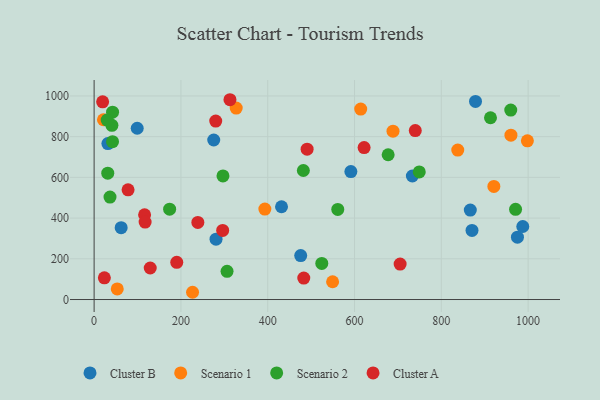
{"axis": {"x": "Engine Size", "y": "Demand"}, "legend": ["Cluster A", "Cluster B", "Scenario 1", "Scenario 2"], "data": [{"x": "733.3", "y": 606.8, "type": "Cluster B"}, {"x": "275.6", "y": 783.6, "type": "Cluster B"}, {"x": "870.7", "y": 339.6, "type": "Cluster B"}, {"x": "99.3", "y": 841.2, "type": "Cluster B"}, {"x": "591.6", "y": 628.5, "type": "Cluster B"}, {"x": "975.4", "y": 306.1, "type": "Cluster B"}, {"x": "987.7", "y": 358.7, "type": "Cluster B"}, {"x": "431.8", "y": 455.8, "type": "Cluster B"}, {"x": "476.0", "y": 215.7, "type": "Cluster B"}, {"x": "878.8", "y": 972.9, "type": "Cluster B"}, {"x": "31.7", "y": 766.2, "type": "Cluster B"}, {"x": "62.3", "y": 352.8, "type": "Cluster B"}, {"x": "866.8", "y": 439.6, "type": "Cluster B"}, {"x": "280.9", "y": 296.5, "type": "Cluster B"}, {"x": "688.7", "y": 826.9, "type": "Scenario 1"}, {"x": "53.3", "y": 52.1, "type": "Scenario 1"}, {"x": "393.4", "y": 444.1, "type": "Scenario 1"}, {"x": "21.5", "y": 883.1, "type": "Scenario 1"}, {"x": "549.5", "y": 87.3, "type": "Scenario 1"}, {"x": "327.4", "y": 940.3, "type": "Scenario 1"}, {"x": "226.8", "y": 35.6, "type": "Scenario 1"}, {"x": "837.9", "y": 734.3, "type": "Scenario 1"}, {"x": "998.3", "y": 779.7, "type": "Scenario 1"}, {"x": "614.3", "y": 935.6, "type": "Scenario 1"}, {"x": "960.4", "y": 807.1, "type": "Scenario 1"}, {"x": "921.1", "y": 555.7, "type": "Scenario 1"}, {"x": "306.3", "y": 138.7, "type": "Scenario 2"}, {"x": "561.4", "y": 442.6, "type": "Scenario 2"}, {"x": "482.1", "y": 633.7, "type": "Scenario 2"}, {"x": "971.1", "y": 442.9, "type": "Scenario 2"}, {"x": "42.5", "y": 920.3, "type": "Scenario 2"}, {"x": "677.5", "y": 711.1, "type": "Scenario 2"}, {"x": "41.0", "y": 855.8, "type": "Scenario 2"}, {"x": "36.6", "y": 503.2, "type": "Scenario 2"}, {"x": "960.0", "y": 930.7, "type": "Scenario 2"}, {"x": "913.3", "y": 892.8, "type": "Scenario 2"}, {"x": "31.4", "y": 620.5, "type": "Scenario 2"}, {"x": "524.6", "y": 177.3, "type": "Scenario 2"}, {"x": "30.1", "y": 881.2, "type": "Scenario 2"}, {"x": "42.4", "y": 775.3, "type": "Scenario 2"}, {"x": "296.9", "y": 607.3, "type": "Scenario 2"}, {"x": "749.2", "y": 626.8, "type": "Scenario 2"}, {"x": "174.0", "y": 443.9, "type": "Scenario 2"}, {"x": "280.2", "y": 876.7, "type": "Cluster A"}, {"x": "296.2", "y": 339.3, "type": "Cluster A"}, {"x": "490.8", "y": 738.5, "type": "Cluster A"}, {"x": "239.0", "y": 378.5, "type": "Cluster A"}, {"x": "23.6", "y": 106.7, "type": "Cluster A"}, {"x": "740.0", "y": 829.9, "type": "Cluster A"}, {"x": "483.1", "y": 105.5, "type": "Cluster A"}, {"x": "78.2", "y": 538.6, "type": "Cluster A"}, {"x": "116.3", "y": 416.4, "type": "Cluster A"}, {"x": "622.1", "y": 746.3, "type": "Cluster A"}, {"x": "19.6", "y": 971.0, "type": "Cluster A"}, {"x": "190.4", "y": 182.8, "type": "Cluster A"}, {"x": "705.1", "y": 174.0, "type": "Cluster A"}, {"x": "129.3", "y": 154.9, "type": "Cluster A"}, {"x": "117.5", "y": 380.5, "type": "Cluster A"}, {"x": "313.0", "y": 981.4, "type": "Cluster A"}]}